Vaccination in the Punjab 1905-1918 - 1905-1918
Year: 1905
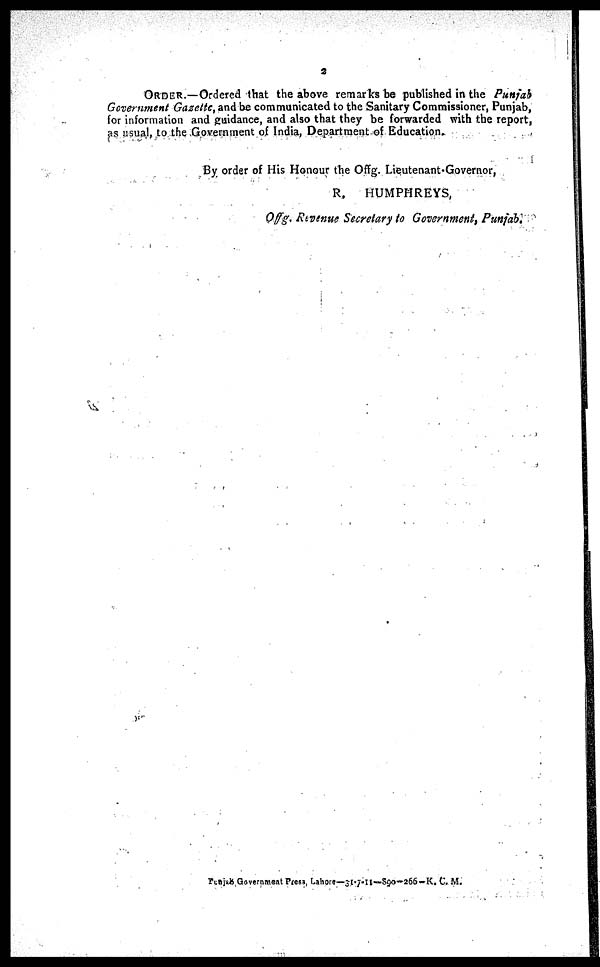
2
ORDER.—Ordered that the above remarks be published in the Punjab
Government Gazette, and be communicated to the Sanitary Commissioner, Punjab,
for information and guidance, and also that they be forwarded with the report,
as usual, to the Government of India, Department of Education.
By order of His Honour the Offg. Lieutenant-Governor,
R,
HUMPHREYS,
Offg. Revenue Secretary to Government, Punjab.
Punjab Goverment Press,
Lahore—31-7-11-890-266-K.C.M.